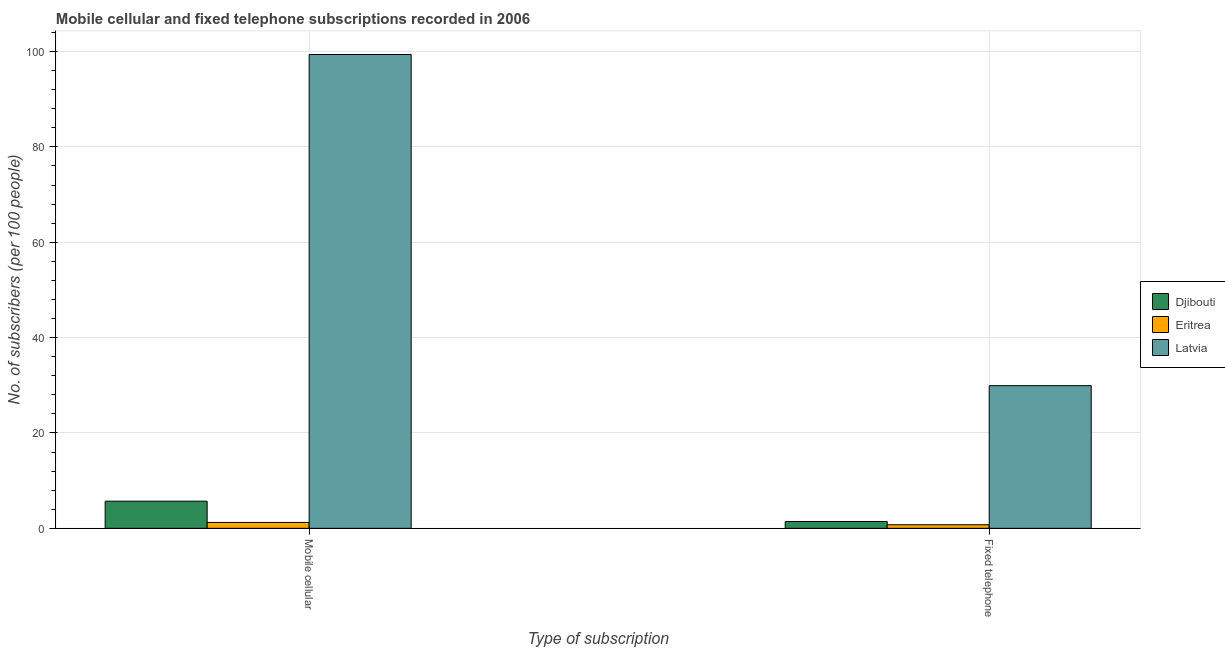
| Type of subscription | Djibouti | Eritrea | Latvia |
 | --- | --- | --- | --- |
 | Mobile cellular | 5.69 | 1.23 | 99.4 |
 | Fixed telephone | 1.43 | 0.746 | 29.9 |